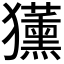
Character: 𭸳